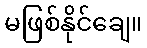
မဖြစ်နိုင်ချေ။